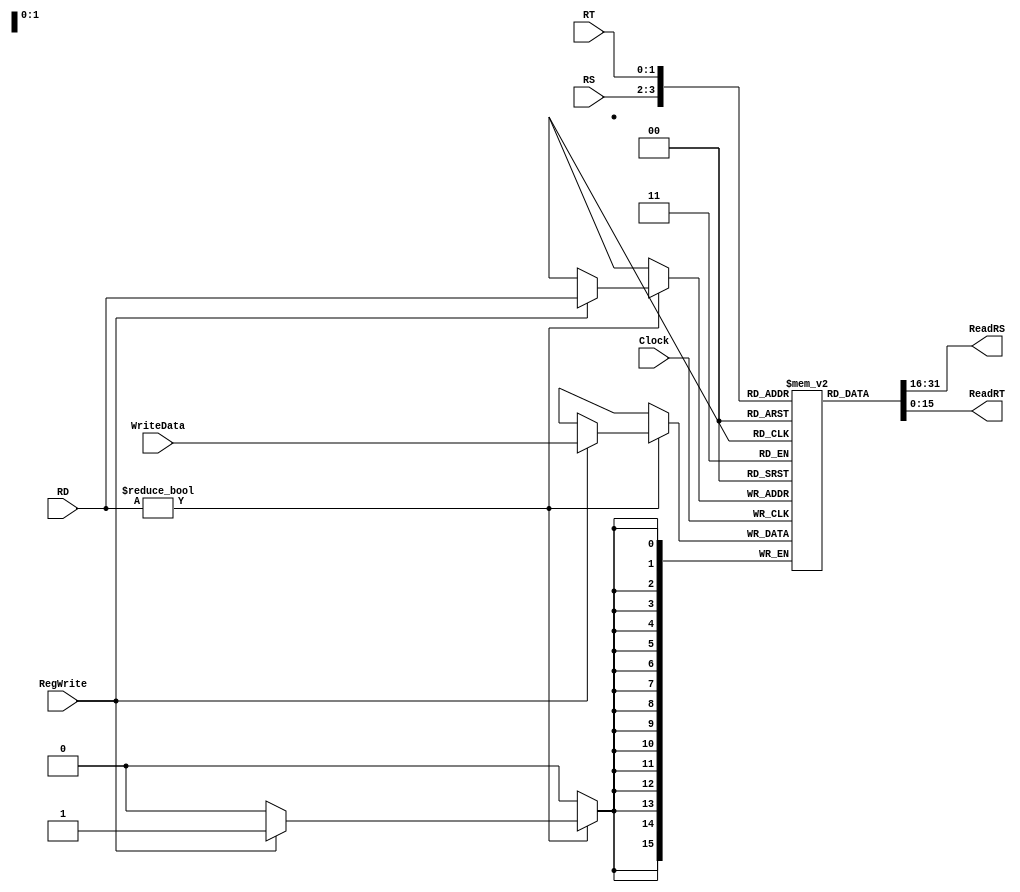
`timescale 1ns / 1ps
//Komponenta perfunduar dhe testuar!

// Code your design here
module RegisterFile(
input wire[1:0] RS,
input wire[1:0] RT,
input wire[1:0] RD,
input wire[15:0] WriteData,
input wire RegWrite,
input wire Clock,
//pasi element qe kena me shkru n ta ka clock
output wire[15:0] ReadRS,
output wire[15:0] ReadRT
    );
    
reg[15:0] Registers[3:0];
//16 regjista me ka 16 bit numri i bitve mas reg

//Reseto te gjithe regjistrat ne 0
integer i;
initial 
begin
for(i=0;i<16;i=i+1)
   Registers[i] <= 16'd0; 
end

//Shkruaj ne regjiter
always @(posedge Clock)
begin
if(RD != 2'b00)
if(RegWrite) Registers[RD] <= WriteData;
end

//lexo regjistrat ReadData1, ReadData2
//i qet ne dalje regjistrat rt dhe rs
assign ReadRS = Registers[RS];
assign ReadRT = Registers[RT];
endmodule




//Testimi ne rregull


module RegisterFile_Test();
  
  reg[1:0] RS, RT, RD;
  reg RegWrite, Clock;
  reg[15:0] WriteData;
  wire[15:0] ReadRS, ReadRT;
  
  initial
    $monitor("RS=%b, RT=%b, RD=%b, RegWrite=%b, Clock=%b, WriteData=%d, ReadRS=%d, ReadRT=%d", RS, RT, RD, RegWrite, Clock, WriteData, ReadRS, ReadRT);
  initial
    begin
     
    
      #0 Clock=1'b0;
      #5 RD=2'd3; WriteData = 16'd5; RegWrite=1'b1;
      #5 Clock=1'b1;
      #5 Clock=1'b0; RegWrite= 1'b1;
      #5 RD=2'd2; WriteData = 16'd7; RegWrite=1'b1;
      #5 Clock=1'b1;
      #5 Clock=1'b0; RegWrite=0;
      #5 RS=2'd3; RT=2'd2;
      #5 $finish;
    end
  
  RegisterFile RF(RS, RT, RD, WriteData, RegWrite, Clock, ReadRS, ReadRT);
  
endmodule